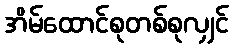
အိမ်ထောင်စုတစ်စုလျှင်